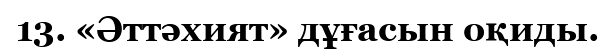
13. «Әттәхият» дұғасын оқиды.